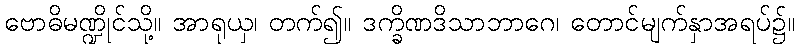
ဗောဓိမဏ္ဍိုင်သို့။ အာရုယှ၊ တက်၍။ ဒက္ခိဏဒိသာဘာဂေ၊ တောင်မျက်နှာအရပ်၌။